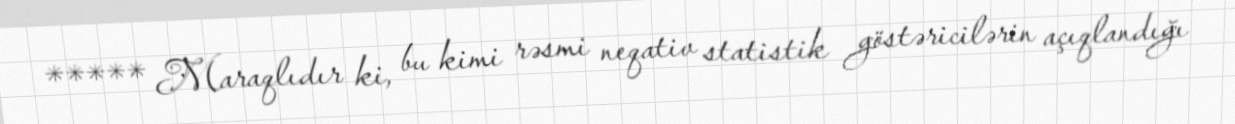
***** Maraqlıdır ki, bu kimi rəsmi neqativ statistik göstəricilərin açıqlandığı